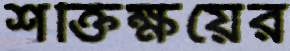
শক্তিক্ষয়ের